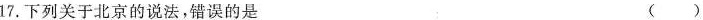
17. 下列关于北京的说法，错误的是（）